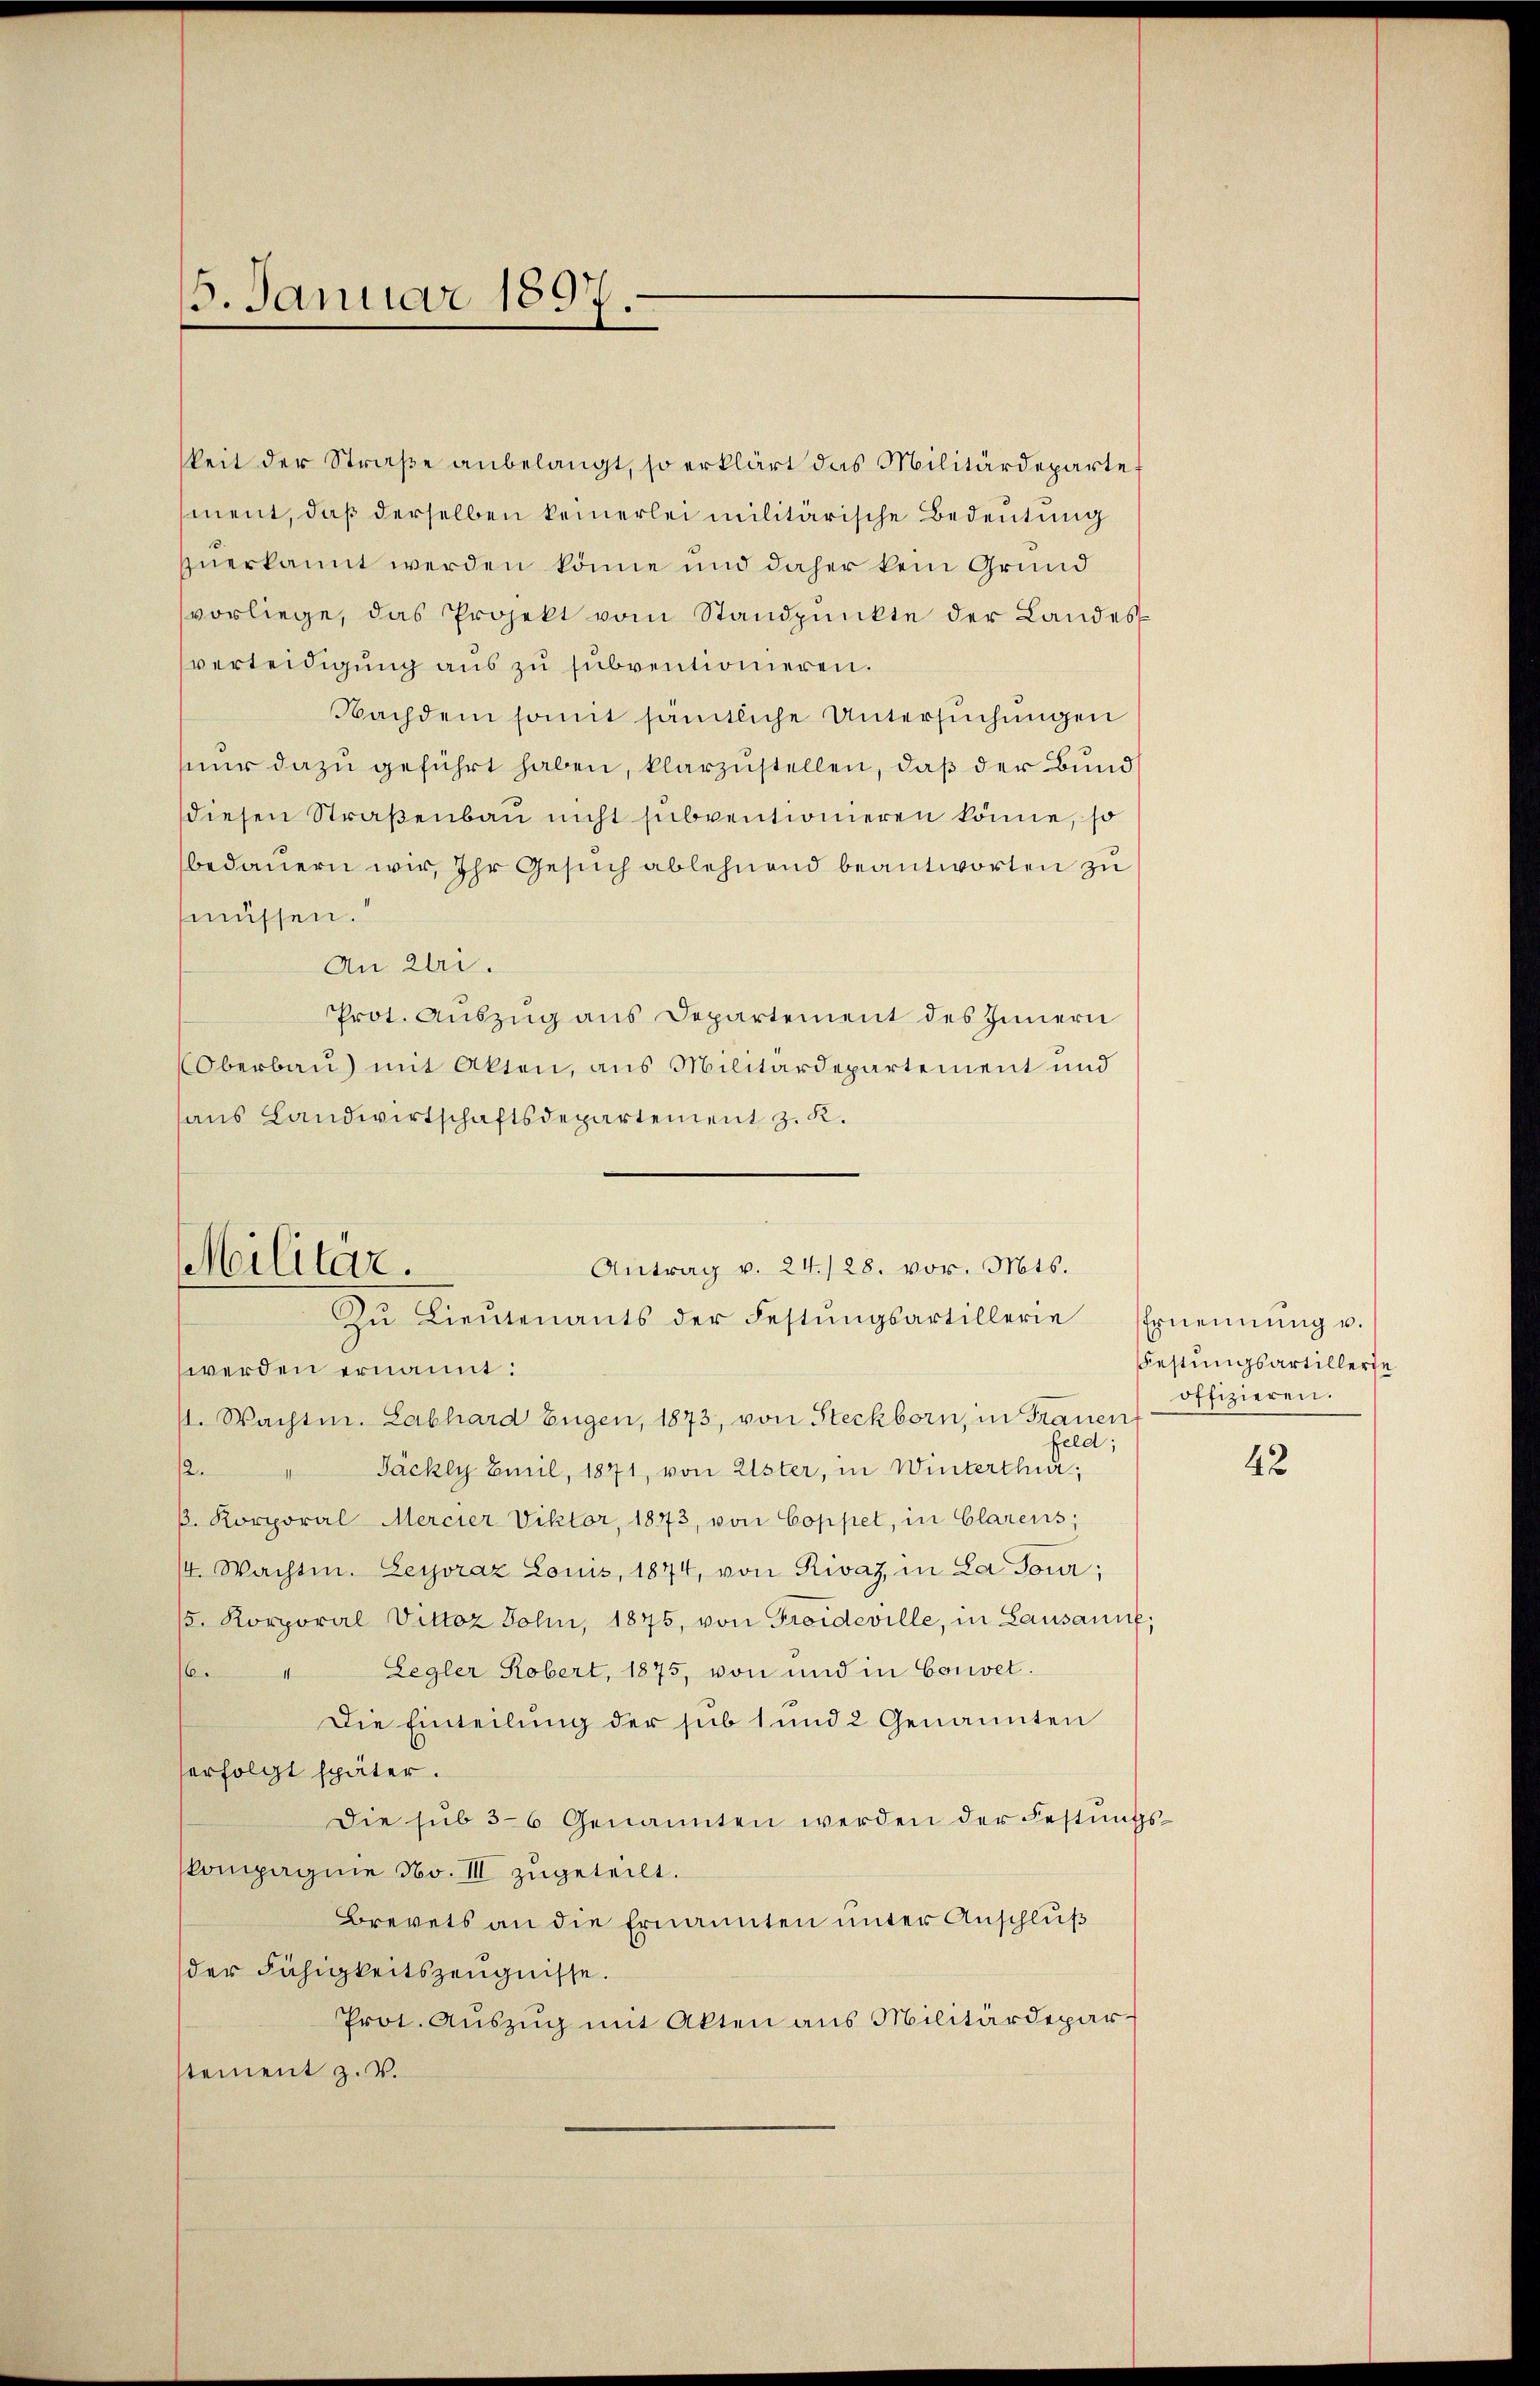
5. Januar 1897.

keit der Straße anbelangt, so erklärt das Militärdeparte
ment, daß derselben keinerlei militärische Bedeutung
zuerkannt werden könne und daher kein Grund
vorliege, das Projekt vom Standpunkte der Landes
verteidigung aus zu subventionieren.
Nachdem somit sämtliche Untersuchungen
nur dazu geführt haben, klarzustellen, daß der Bund
diesen Straßenbau nicht subventionieren könne, so
bedauern wir, ihr Gesuch ablehnend beantworten zu
müssen.
An Eri
Prot. Auszug aus Departement des Innern
Oberbau) mit Akten, aus Militärdepartement und
aus Landwirtschaftsdepartement z. K.
werden ernannt:
st. Wachte. Labhard Eugen, 1873, von Steckborn, in Frauen
feld;
Jäckly Emil, 1871, von Ester, in Winterthur,
.
B. Korporal Mercier Viktor, 1873, von Coppet, in Clarens,
/4. Wachten. Leyoraz Louis, 1874, von Rivaz, in La Tour;
/5. Korporal Vittoz Sohn, 1875, von Troideville, in Lausanne
6. " Legler Robert, 1875, von und in Couvet.
Die Einteilung der sub 1 und 2 Genannten
erfolgt später.
Die sub 36 Genannten werden der Festung
skompagnie No. III zugeteilt.
Brevets an die Ernannten unter Anschluß
der Fähigkeitszeugnisse.
Prot. Auszug mit Akten aus Militärdeparstement z. V.

Militär.
Antrag v. 24./28. vor. Mts.
Zŭ Lieŭtenants der Festŭngsartillerie Ernennung u.

Festungsartillerie
offizieren.

42